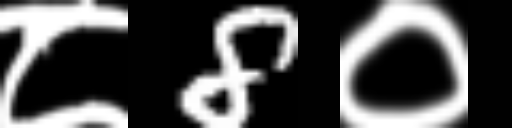
Text: ८8०